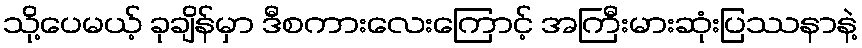
သို့ပေမယ့် ခုချိန်မှာ ဒီစကားလေးကြောင့် အကြီးမားဆုံးပြဿနာနဲ့